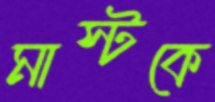
মাস্টকে